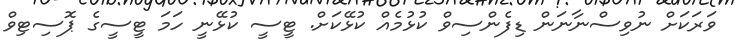
ވަރަކަށް ނުވިސްނާނަން ޑިފެންސިވް ކުޅުމެއް ކުޅޭކަށް. ޓީސީ ކުޅޭނީ ހަމަ ޓީސީގެ ޕޮސިޓިވް